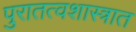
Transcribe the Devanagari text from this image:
पुरातत्वशास्त्रात